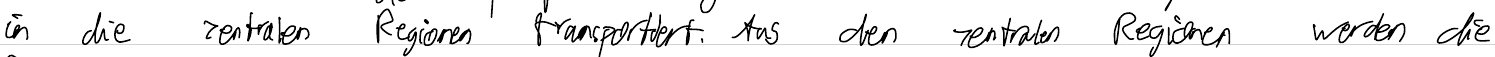
in die zentralen Regionen transportiert. Aus den zentralen Regionen werden die